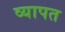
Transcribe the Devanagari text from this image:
व्‍यापत